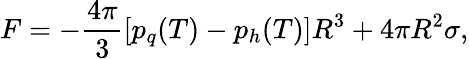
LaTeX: F=-{\frac{4\pi}{3}}[p_{q}(T)-p_{h}(T)]R^{3}+4\pi R^{2}\sigma,